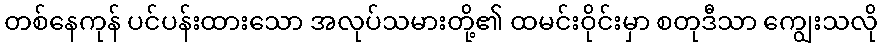
တစ်နေကုန် ပင်ပန်းထားသော အလုပ်သမားတို့၏ ထမင်းဝိုင်းမှာ စတုဒီသာ ကျွေးသလို